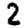
Digit: 2